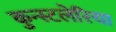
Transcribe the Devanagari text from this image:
कुन्स्टलेरिया